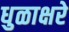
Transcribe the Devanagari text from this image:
धुळाक्षरे